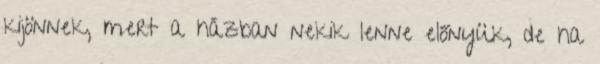
kijönnek, mert a házban nekik lenne előnyük, de ha